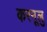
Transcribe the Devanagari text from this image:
करनूलु